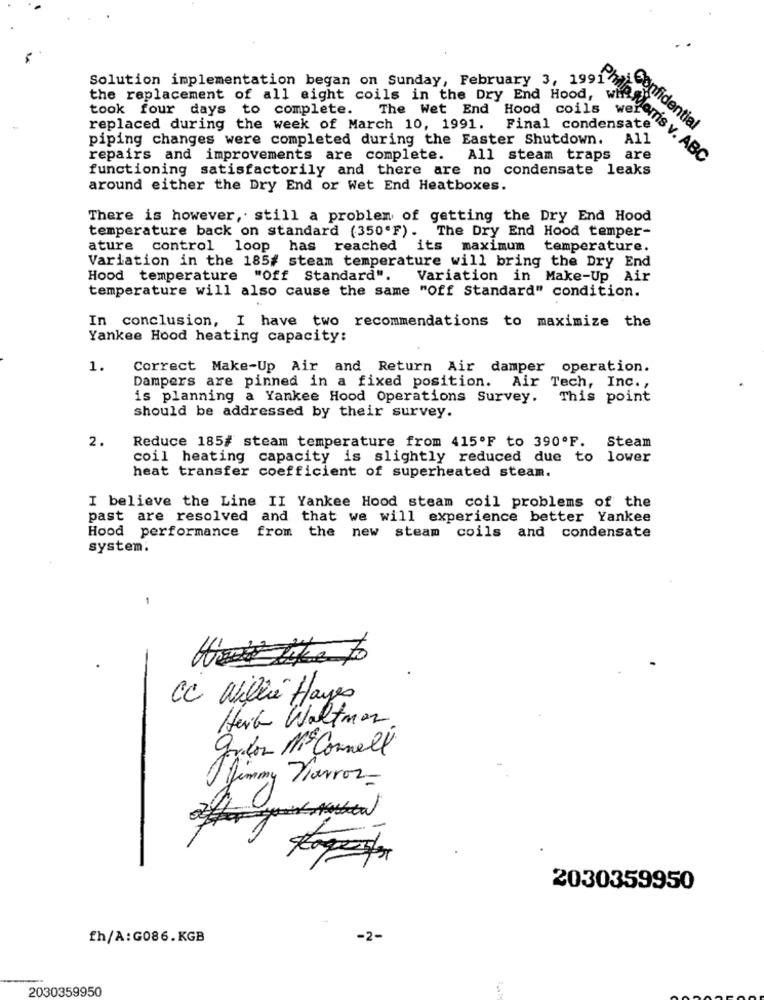
Solution implementation began on Sunday, February 3, 1991
the replacement of all eight coils in the Dry End Hood,
took four days to complete.
The Wet End Hood coils wel
replaced during the week of March 10, 1991. Final condensate
Confidential
piping changes were completed during the Easter Shutdown.
A11
repairs and improvements are complete. All steam traps are
Philip Morris v. ABC
functioning satisfactorily and there are no condensate leaks
around either the Dry End or Wet End Heatboxes.
There is however, still a problem of getting the Dry End Hood
temperature back on standard (350'F). The Dry End Hood temper-
ature control loop has reached its maximum
temperature.
Variation in the 185# steam temperature will bring the Dry End
Hood temperature "Off Standard".
Variation in Make-Up Air
temperature will also cause the same "Off Standard" condition.
In conclusion, I have two recommendations to maximize the
Yankee Hood heating capacity:
1.
Correct Make-Up Air and Return Air damper operation.
Dampers are pinned in a fixed position.
Air Tech, Inc. ,
is planning a Yankee Hood Operations Survey. This point
should be addressed by their survey.
2.
Reduce 185# steam temperature from 415ºF to 390ºF. Steam
coil heating capacity is slightly reduced due to lower
heat transfer coefficient of superheated steam.
I believe the Line II Yankee Hood steam coil problems of the
past are resolved and that we will experience better Yankee
Hood performance from the new steam coils and condensate
system.
-
CC Wilie Hayes
Heit Waltman
guidon Mo Connell'
jimmy Varroz-
toper
2030359950
fh/A:G086. KGB
-2-
2030359950
1.